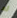
لم